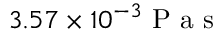
3 . 5 7 \times 1 0 ^ { - 3 } \mathrm { ~ P ~ a ~ s ~ }